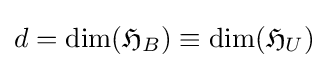
d=\dim({\mathfrak {H}}_{B})\equiv \dim({\mathfrak {H}}_{U})